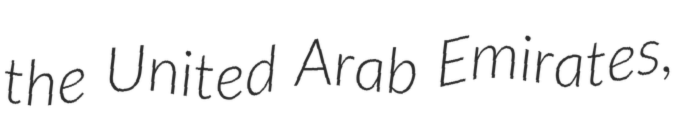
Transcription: the United Arab Emirates,